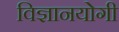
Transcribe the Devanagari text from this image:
विज्ञानयोगी